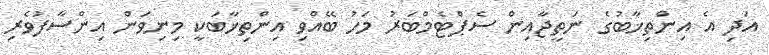
އަދި އެ އިންތިޚާބުގެ ނަތީޖާއިން ސެޕްޓެމްބަރު މަހު ބޭއްވި އިންތިޚާބަކީ މިނިވަން އިންސާފުވެރި